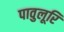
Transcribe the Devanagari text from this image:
पावुलूरि